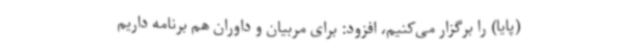
(پایا) را برگزار می‌کنیم، افزود: برای مربیان و داوران هم برنامه داریم